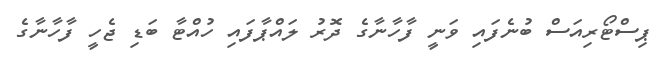
ޕިސްޓޯރިއަސް ބުނެފައި ވަނީ ފާހާނާގެ ދޮރު ލައްޕާފައި ހުއްޓާ ބަޑި ޖެހީ ފާހާނާގެ